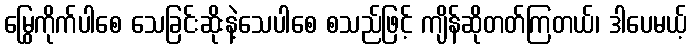
မြွေကိုက်ပါစေ သေခြင်းဆိုးနဲ့သေပါစေ စသည်ဖြင့် ကျိန်ဆိုတတ်ကြတယ်၊ ဒါပေမယ့်